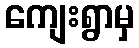
ကျေးရွာမှ